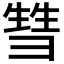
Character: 𰐤